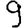
Digit: 9